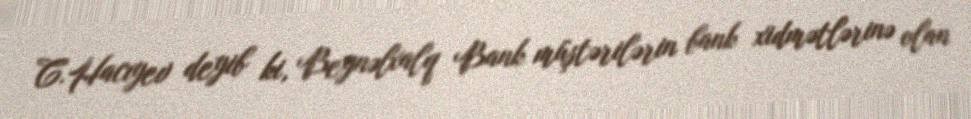
C.Hacıyev deyib ki, Beynəlxalq Bank müştərilərin bank xidmətlərinə olan